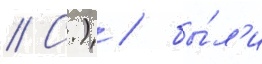
// С.) / бы́л'и